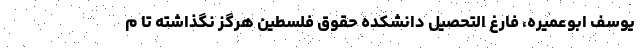
یوسف ابوعمیره، فارغ التحصیل دانشکده حقوق فلسطین هرگز نگذاشته تا م